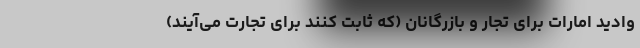
وادیدِ امارات برای تجار و بازرگانان (که ثابت کنند برای تجارت می‌آیند)